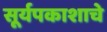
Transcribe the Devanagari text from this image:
सूर्यपकाशाचे